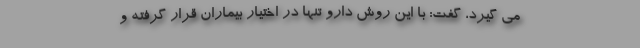
می گیرد، گفت: با این روش دارو تنها در اختیار بیماران قرار گرفته و